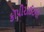
કૉપીરાઈટની